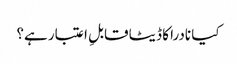
کیا نادرا کا ڈیٹا قابلِ اعتبار ہے؟